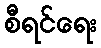
စီရင်ရေး